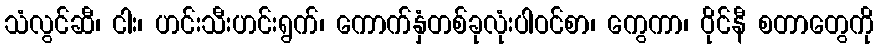
သံလွင်ဆီ၊ ငါး၊ ဟင်းသီးဟင်းရွက်၊ ကောက်နှံတစ်ခုလုံးပါဝင်စာ၊ ကွေကာ၊ ဝိုင်နီ စတာတွေကို